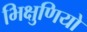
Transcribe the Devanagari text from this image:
भिक्षुणियो